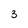
Character: 3